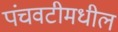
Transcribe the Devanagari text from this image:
पंचवटीमधील